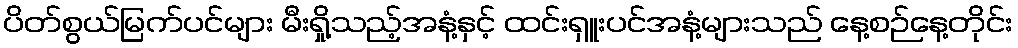
ပိတ်စွယ်မြက်ပင်များ မီးရှို့သည့်အနံ့နှင့် ထင်းရှူးပင်အနံ့များသည် နေ့စဉ်နေ့တိုင်း